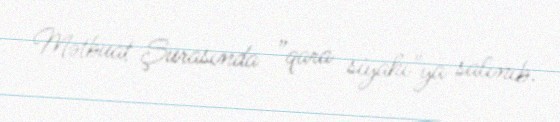
Mətbuat Şurasında ”qara siyahı"ya salınıb.